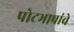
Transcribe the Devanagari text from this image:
पोटभाषांचे